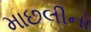
માછલીનો